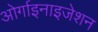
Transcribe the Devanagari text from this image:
ओर्गाइनाइजेशन